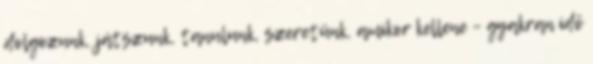
dolgozunk, játszunk, tanulunk, szeretünk, amikor kellene – gyakran idő